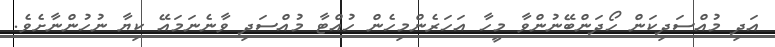
އަދި މުއްސަދިކަން ހޯދަންބޭނުންވާ މީހާ އަހަރެންމިހެން ހުއްޓާ މުއްސަދި ވާނެނަމައޭ ކިޔާ ނުހުންނާށެވެ.